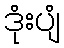
ဒုံးပျံ